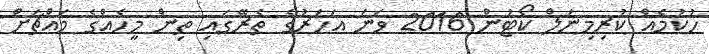
ހުކުމެއް ކުރިމިނަލް ކޯޓުން 2016 ވަނަ އަހަރުގެ ތެރޭގައި ތިން މީހެއްގެ މައްޗަށް